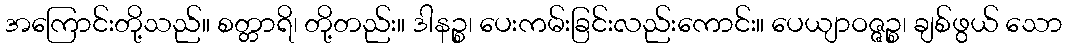
အကြောင်းတို့သည်။ စတ္တာရိ၊ တို့တည်း။ ဒါနဉ္စ၊ ပေးကမ်းခြင်းလည်းကောင်း။ ပေယျာဝဇ္ဇဉ္စ၊ ချစ်ဖွယ် သော